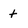
Character: t